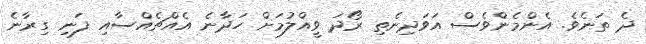
ދެ ތަނެވެ. އެންމެންވެސް އަވަދިނެތި ރޯދަ ވީއްލުމަށް ހަދާނެ އެއްޗެއްސާއި ފަނި ގިރާނެ